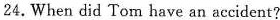
24.When did Tom have an accident?